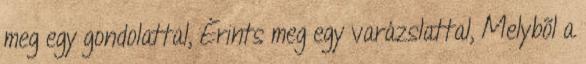
meg egy gondolattal, Érints meg egy varázslattal, Melybõl a